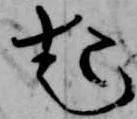
起